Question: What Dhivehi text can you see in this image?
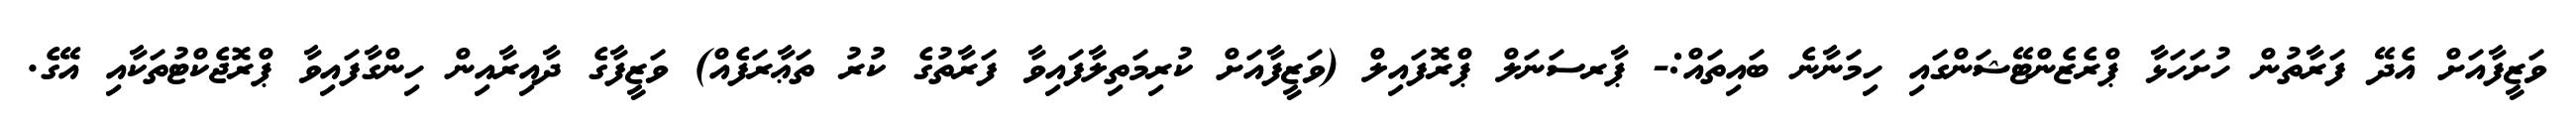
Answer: ވަޒީފާއަށް އެދޭ ފަރާތުން ހުށަހަޅާ ޕްރެޒެންޓޭޝަންގައި ހިމަނާނެ ބައިތައް:- ޕާރސަނަލް ޕްރޮފައިލް (ވަޒީފާއަށް ކުރިމަތިލާފައިވާ ފަރާތުގެ ކުރު ތަޢާރަފެއް) ވަޒީފާގެ ދާއިރާއިން ހިންގާފައިވާ ޕްރޮޖެކްޓުތަކާއި އޭގެ.